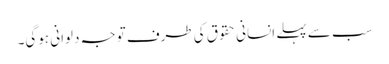
سب سے پہلے انسانی حقوق کی طرف توجہ دلوانی ہوگی۔